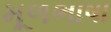
મૂળભાષા